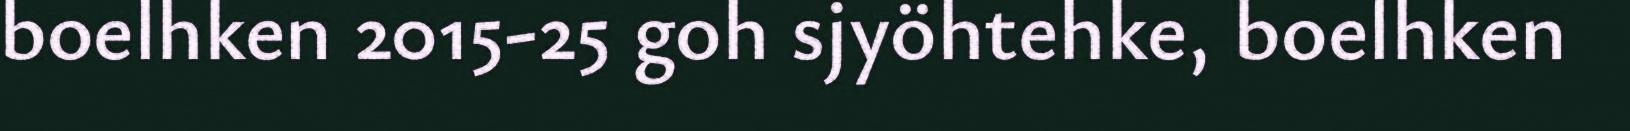
boelhken 2015-25 goh sjyöhtehke, boelhken